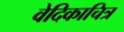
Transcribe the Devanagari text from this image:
वेदिकाचित्र